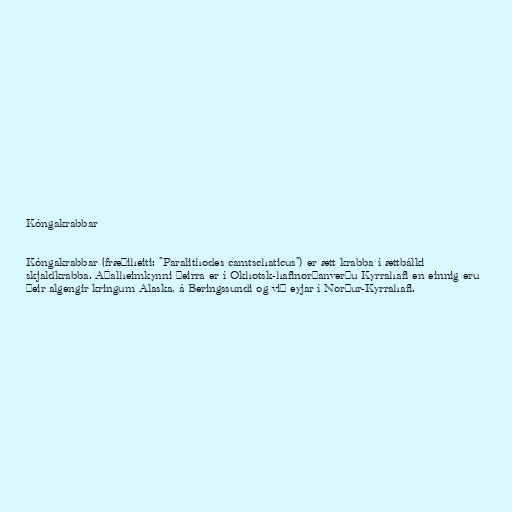
Kóngakrabbar

Kóngakrabbar (fræðiheiti: "Paralithodes camtschaticus") er ætt krabba í ættbálki
skjaldkrabba. Aðalheimkynni þeirra er í Okhotsk-hafinorðanverðu Kyrrahafi en einnig eru
þeir algengir kringum Alaska, á Beringssundi og við eyjar í Norður-Kyrrahafi.